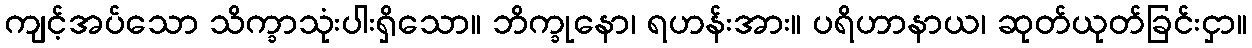
ကျင့်အပ်သော သိက္ခာသုံးပါးရှိသော။ ဘိက္ခုနော၊ ရဟန်းအား။ ပရိဟာနာယ၊ ဆုတ်ယုတ်ခြင်းငှာ။